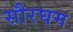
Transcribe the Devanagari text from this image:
सौरघम